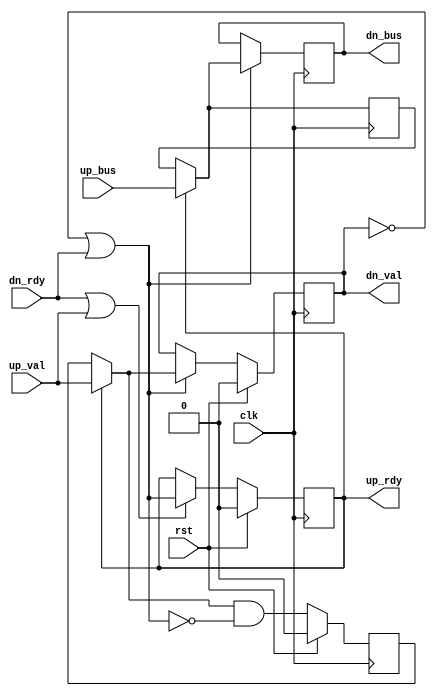
`ifndef _skid_register_
`define _skid_register_


`default_nettype none

module skid_register
  #(parameter
    DATA_WIDTH = 32)
   (input  wire                     clk,
    input  wire                     rst,

    input  wire [DATA_WIDTH-1:0]    up_bus,
    input  wire                     up_val,
    output reg                      up_rdy,

    output reg  [DATA_WIDTH-1:0]    dn_bus,
    output reg                      dn_val,
    input  wire                     dn_rdy
);

    reg  [DATA_WIDTH-1:0]   skid_bus;
    reg                     skid_val;

    wire                    dn_active;
    wire                    dn_val_i;
    wire [DATA_WIDTH-1:0]   dn_bus_i;


    // skid_bus always reflects downstream data's last cycle
    always @(posedge clk)
        skid_bus <= dn_bus_i;


    // skid_val remembers if there is valid data in the skid register until
    // it's consumed by the downstream
    always @(posedge clk)
        if (rst)    skid_val <= 1'b0;
        else        skid_val <= dn_val_i & ~dn_active;


    // down stream mux: if up_rdy not active, use last cycle's data and valid
    assign dn_bus_i = up_rdy ? up_bus : skid_bus;

    assign dn_val_i = up_rdy ? up_val : skid_val;


    // when down stream is ready or up stream has valid data, set upstream
    // ready to high if the modules 'down' pipeline is not stalled
    always @(posedge clk)
        if      (rst)               up_rdy <= 1'b0;
        else if (dn_rdy | up_val)   up_rdy <= dn_active;


    always @(posedge clk)
        if      (rst)       dn_val <= 1'b0;
        else if (dn_active) dn_val <= dn_val_i;


    always @(posedge clk)
        if (dn_active) dn_bus <= dn_bus_i;


    // do not stall pipeline until it is primed
    assign dn_active = ~dn_val | dn_rdy;



`ifdef FORMAL

    initial begin
        // ensure reset is triggered at the start
        assume(rst == 1);
    end


    //
    // Check the proper relationship between interface bus signals
    //

    // up stream path holds data steady when stalled
    always @(posedge clk)
        if ( ~rst && $past(up_val && ~up_rdy)) begin
            assume($stable(up_bus));
        end


    // up stream path will only lower valid after a transaction
    always @(posedge clk)
        if ( ~rst && $past( ~rst) && $fell(up_val)) begin
            assume($past(up_rdy));
        end


    // up stream path will only lower ready after a transaction
    always @(posedge clk)
        if ( ~rst && $past( ~rst) && $fell(up_rdy)) begin
            assert($past(up_val));
        end


    // dn stream path holds data steady when stalled
    always @(posedge clk)
        if ( ~rst && $past(dn_val && ~dn_rdy)) begin
            assert($stable(dn_bus));
        end


    // dn stream path will only lower valid after a transaction
    always @(posedge clk)
        if ( ~rst && $past( ~rst) && $fell(dn_val)) begin
            assert($past(dn_rdy));
        end


    // dn stream path will only lower ready after a transaction
    always @(posedge clk)
        if ( ~rst && $past( ~rst) && $fell(dn_rdy)) begin
            assume($past(dn_val));
        end


    //
    // Check that the down data is sourced from correct locations
    //

    // dn stream data sourced from up stream data
    always @(posedge clk)
        if ( ~rst && $past(dn_val && dn_rdy && up_rdy)) begin
            assert(dn_bus == $past(up_bus));
        end


    // dn stream data sourced from skid register
    always @(posedge clk)
        if ( ~rst && $past(dn_val && dn_rdy && ~up_rdy)) begin
            assert(dn_bus == $past(skid_bus));
        end


    //
    // Check that the valid up data is always stored somewhere
    //

    // valid up stream data is passed to dn register when dn is not stalled
    always @(posedge clk)
        if ( ~rst && $past( ~rst && up_val && up_rdy && ~dn_val)) begin
            assert(($past(up_bus) == dn_bus) && dn_val);
        end


    // valid up stream data is passed to skid register when dn is stalled
    always @(posedge clk)
        if ( ~rst && $past( ~rst && up_val && up_rdy && dn_val && ~dn_rdy)) begin
            assert(($past(up_bus) == skid_bus) && dn_val);
        end


    //
    // Check that the skid register does not drop data
    //

    // skid register held steady when back pressure is being applied to up stream
    always @(posedge clk)
        if ( ~rst && $past( ~up_rdy)) begin
            assert($stable(skid_bus));
        end


    // skid register holds last up stream value when back pressure is applied to up stream
    always @(posedge clk)
        if ( ~rst && $fell(up_rdy)) begin
            assert(skid_bus == $past(up_bus));
        end


`endif
endmodule

`default_nettype wire

`endif //  `ifndef _skid_register_